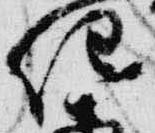
任